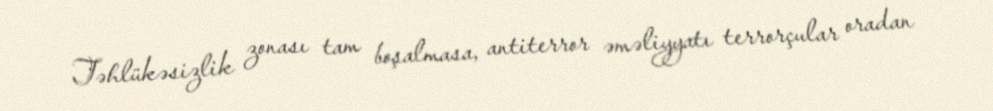
Təhlükəsizlik zonası tam boşalmasa, antiterror əməliyyatı terrorçular oradan